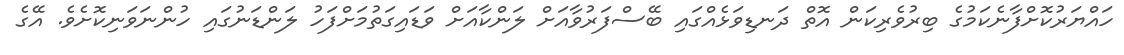
ހައްޔަރުކޮށްފާނެކަމުގެ ބިރުވެރިކަން އޮތް ދަނޑިވަޅެއްގައި ބޭސްފަރުވާއަށް ލަންކާއަށް ވަޑައިގަތުމަށްފަހު ލަންޑަނުގައި ހުންނަވަނިކޮށެވެ. އޭގެ